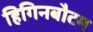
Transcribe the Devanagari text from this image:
हिगिनबौटम